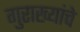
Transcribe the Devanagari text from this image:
गुराख्यांचे